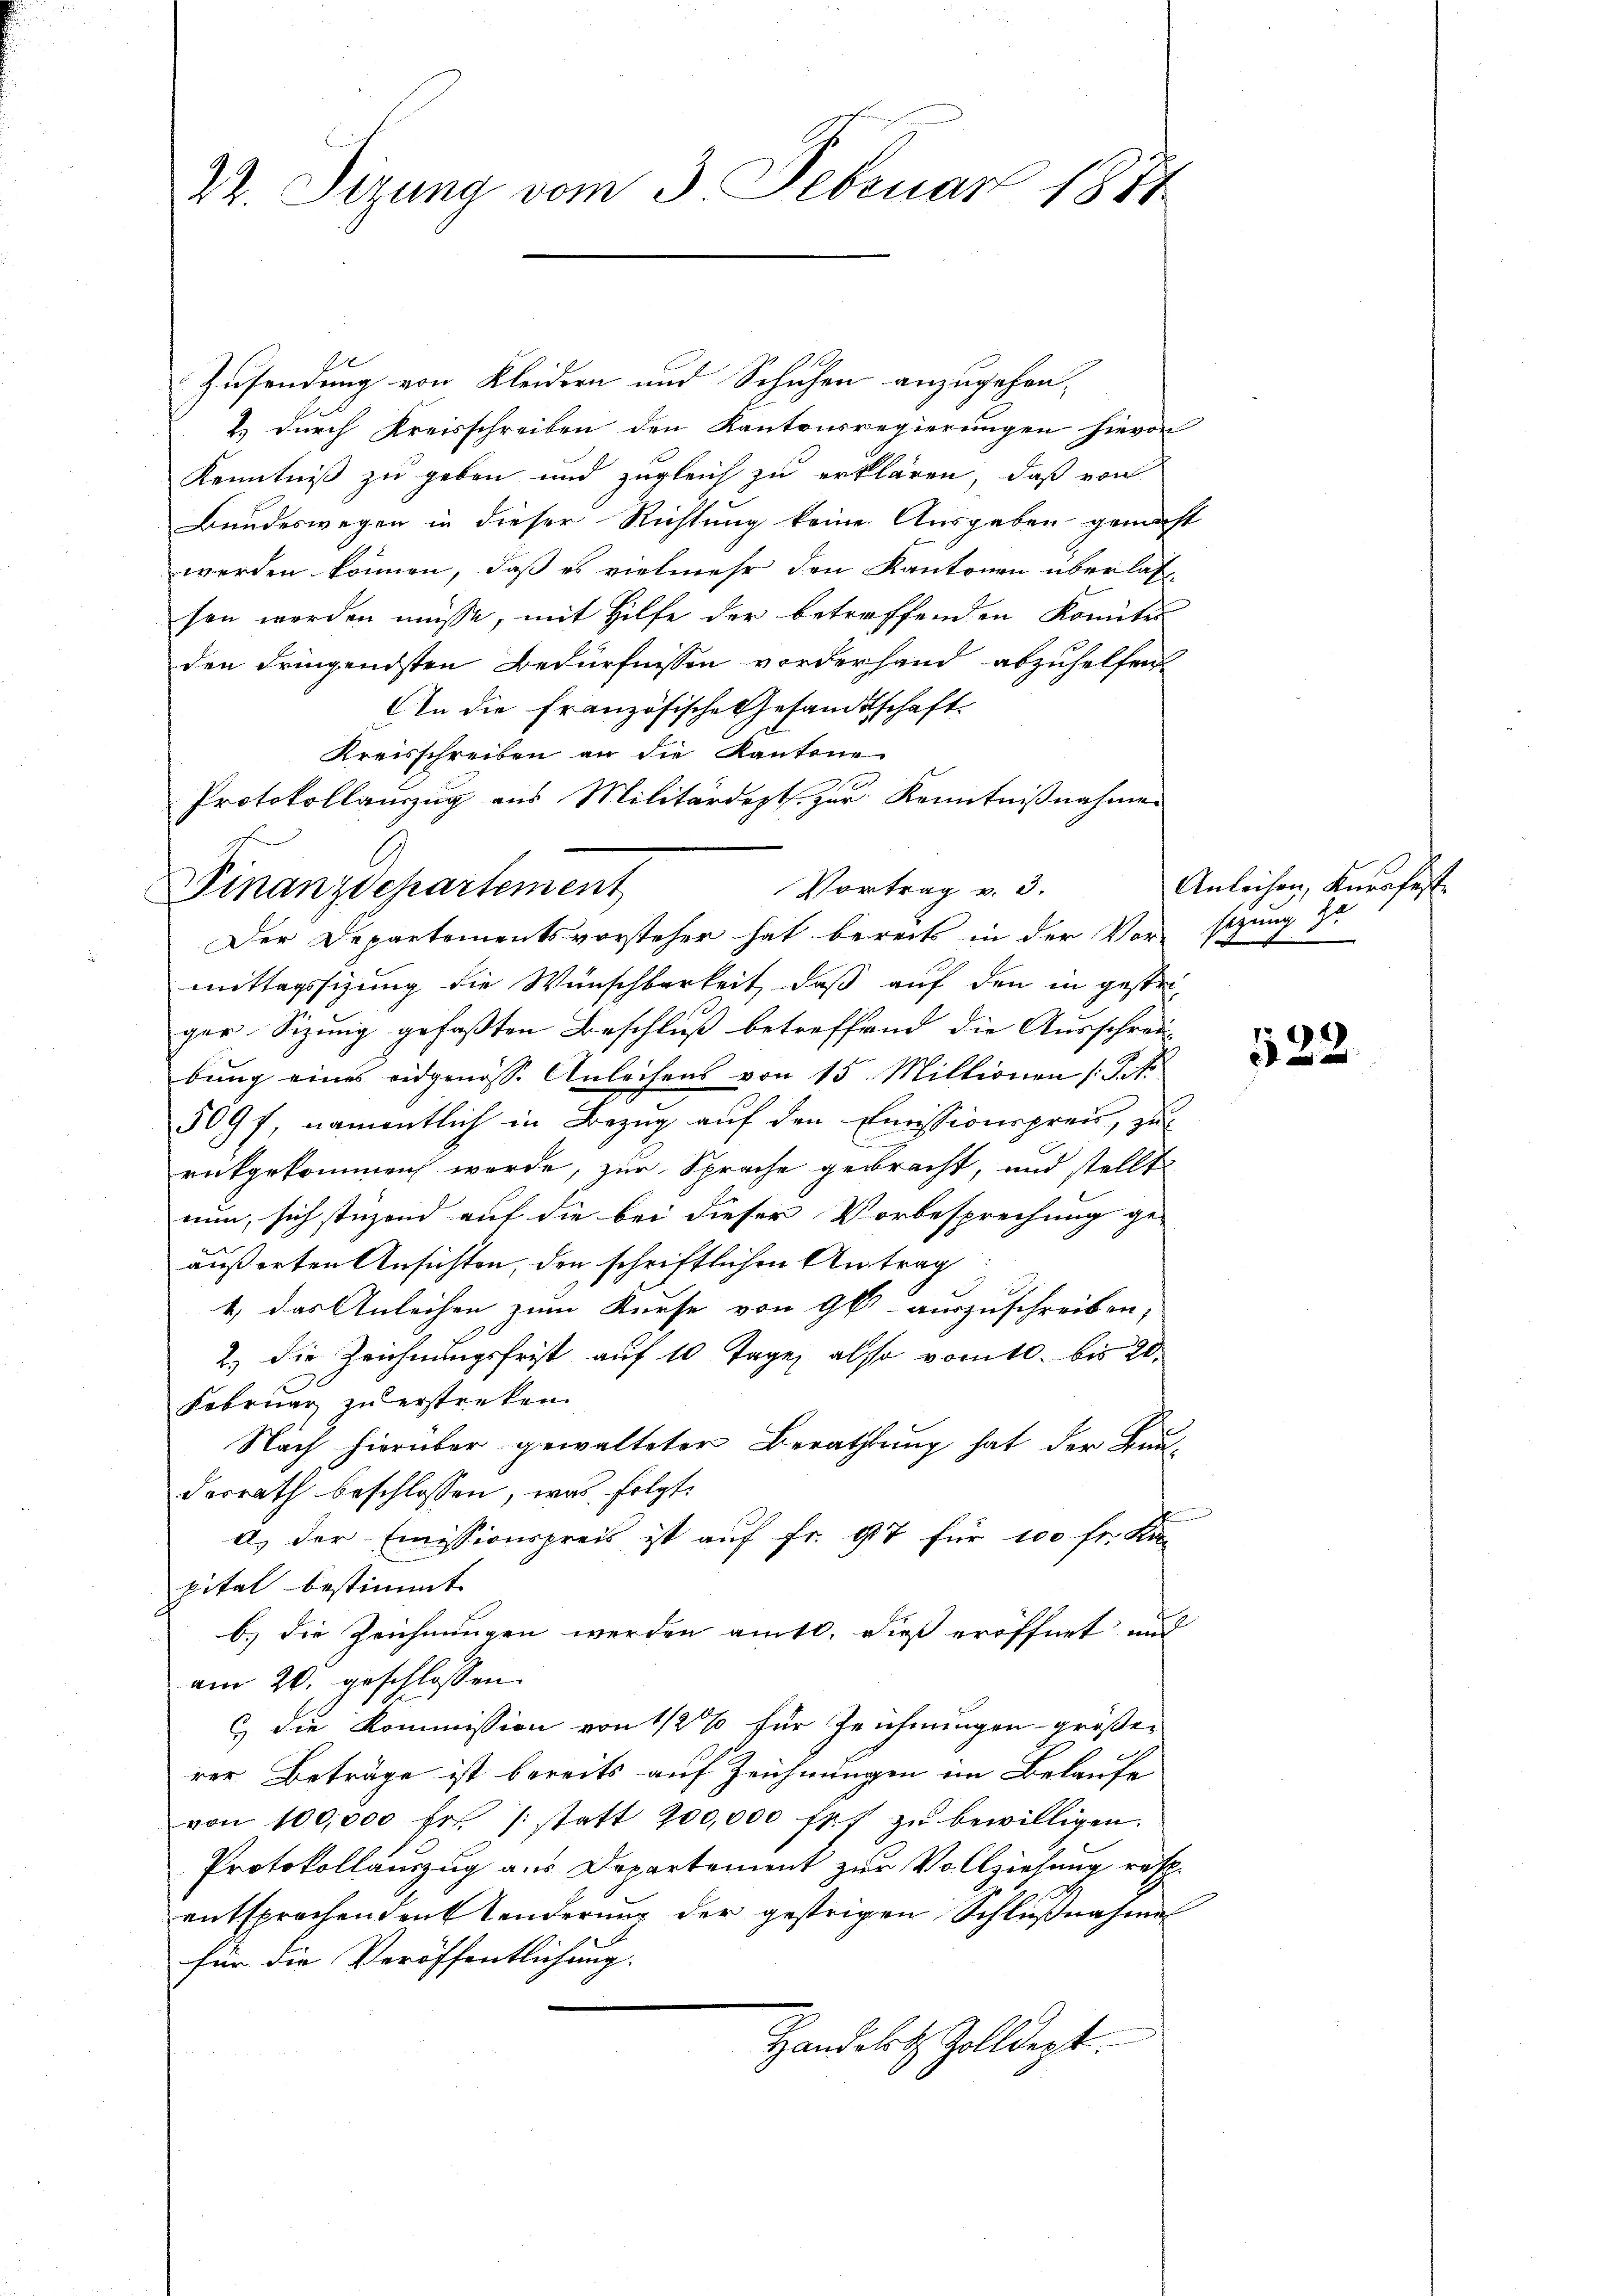
22. Sizung vom 3. Februar 1874

Vortrag v. 3.
Finanzdepartement
Der Departementsvorsteher hat bereits in der Vor-sizung 3

1
Zusendung von Kleidern und Schuhen anzugehen,
2) durch Kreisschreiben den Kantonsregierungen hievon
Kenntniß zu geben und zugleich zu erklären, daß von
Bundeswegen in dieser Richtung keine Ausgaben gemacht
werden können, daß es vielmehr den Kantonen überlas-
sen werden müsse, mit Hilfe der betreffenden konnte
den dringendsten Bedürfnissen vorderhand abzuhelfen
An die Französische Gesandtschaft
Kreisschreiben an die Kantone
Protokollanzug aus Militärdept. zur Kenntnißnahmen

mittagssizung die Wünschbarkeit, daß auf den in gestri
ger Sizung gefaßten Beschluß betreffend die Ausschrei-
bung eines eidgenöss. Anleihens von 15. Millionen (S. A.
509f, namentlich in Bezug auf den Emissionsprei, zu
entgekommen werde, zur Sprache gebracht, und stellt
nun, sich stüzend auf die bei dieser Vorbesprechung ge-
äußerten Ansichten, den schriftlichen Antrag
1.) das Anleihen zum Kause von 9 auszuschreiben,
2.) Die Zeichnungsfrist auf 10 Tage also vom 10. bis 20.
Februar zu erstreken.
Nach hierüber gewalteter Berathung hat der Bun-
desrath beschlossen, was folgt.
d) der Emissionspreis ist auf fr. 47 für 100 fr. Kan
pital bestimmt.
b.) die Zeichnungen werden amtl. dieß eröffnet und
am 20. geschlossen.
6 die Kommission von 1/2% für Zeichnungen grösser
rer Beträge ist bereits auf Zeichnungen im Belaufe
von 100,000 fr /: statt 200,000 fr. zŭ bewilligen.
Protokollauszug aus Departement zur Vollziehung raschentsprochenden Tenderung der gestrigen Schlußnahme
für die Veröffentlichung.
Handelt Zolldept.

Anleihen, Anerfasse

522.